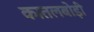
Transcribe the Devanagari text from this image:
कातलबोड़ी